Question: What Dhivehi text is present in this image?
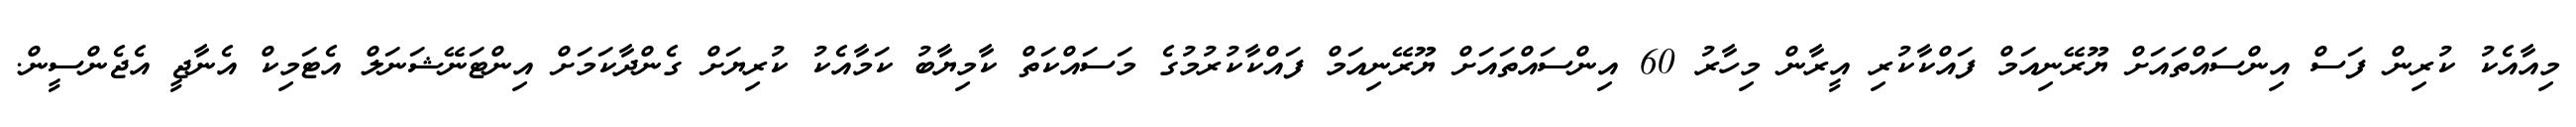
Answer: މިއާއެކު ކުރިން ފަސް އިންސައްތައަށް ޔޫރޭނިއަމް ފައްކާކުރި އީރާން މިހާރު 60 އިންސައްތައަށް ޔޫރޭނިއަމް ފައްކާކުރުމުގެ މަސައްކަތް ކާމިޔާބު ކަމާއެކު ކުރިޔަށް ގެންދާކަމަށް އިންޓަނޭޝަނަލް އެޓަމިކް އެނާޖީ އެޖެންސީން.